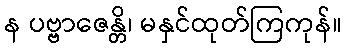
န ပဗ္ဗာဇေန္တိ၊ မနှင်ထုတ်ကြကုန်။